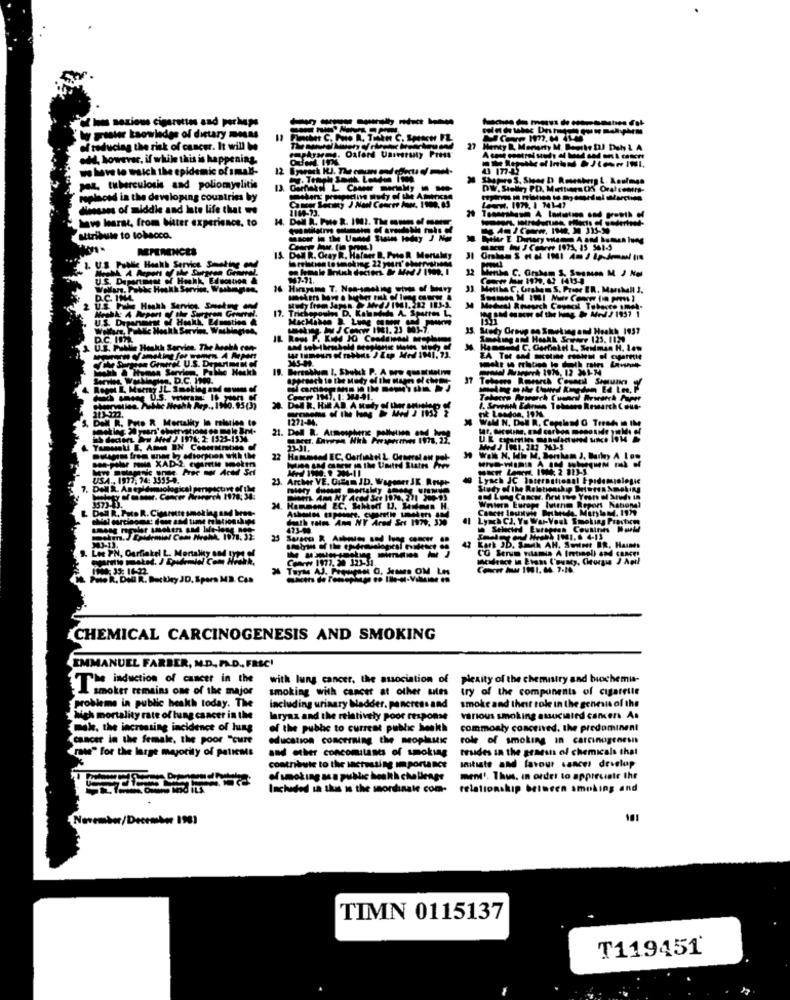
Iums noxious cigarettes and perhaps
-----
Wy poster ksowiedes of dietary moss
of reducing the risk of cancer. It will be
Menty R. Memory M. Bouche DJ Duh & A
odd, however, if while this is happening.
eastrares. Oxford Uarestuty PIent
we have to watch the epidemic of small-
paz tuberculosis and poliomyelitis
DW. Stelln PD. Mettiers DIS Oret costs-
--
replaced in the developing countries by
diesans of middle and Inte life that we
1008-73.
have learat, from bater experience, to
attribute to tobacco.
15. DANl R. Oray R. Halder B. Pro R. Mertaley
1. U.S Public Health Service Smoking and
file Surgeen Grenel.
₩7-91.
Wollars, Pobbc Health Service, Washeyn
Metthe C, Graham S. Proer ER. Marshall 3.
D.C. IN4.
17. Trichegoules D. Kahandels A. Sperres L,
PIAde Heakk Service
Mody Group on Smoking and Heakh 1937
1937
D.C. ImA.
Smoking and Hasak Seytre 123, 1129
U.S. Public Health Servien. T
3 HAM C. Garfield L, Seniman H. I.m
D.C.
20. DEN R. Hil AB. A Mody of ther soligt
it London, ION
Dall R. Foto R Mortality In relation to
1271-24.
Wall N. Doll R. Copeland O Tresde 10 IM
21. Dell R. Atmospheric pollution and hope
36am Hed) 1974; 2 1323-1534
23-31.
22
Hammond EC, Garfinkel L. Orgerst an pol
USA .. 1977. 74: 3535
23. Archer VE. Gulam ID, Wapsorr JK. R.nope
Lysch JC International Epidemiologie
Western Europe Interim Report National
DEN R. PHOR. COM
deth roto Ann NY Ared Set IN79, 320
Il Lynch CJ. Yo War-Vouk Smoking Prasten
473-00
Los PN, Garfinkel L
42 Kark JD. Smak AH, Soitmet ER, Haines
Les PN, Garfinkel L. Mortality 004
Concre 1972. 20 123-31.
IN: 35: 16-22
Tuyas AJ. Proupset O, Jeams OM Les
Pute R. Doll R. Buckley JD. Sporn MB. Con
PHto R. Dod R. Backie
CHEMICAL CARCINOGENESIS AND SMOKING
EMMANUEL FARBER, M.D. PAD ., FRIC'
induction of cancer in the
with lung cancer, the association of
plexity of the chemistry and biochemia-
A smoker remains one of the major
smoking with cancer at other ules
try of the components of cigarette
probleme in public health today. The
Including urinary Madder. pancreas and
smoke and their role in the genesis of the
Sich mortality rate of lung cancer in the
larynx and the relatively poor response
various smoking associated cancers As
mak, the increasing incidence of lung
of the pubhe to current public health
commonly conceived. the predominant
cancer in the female, the poor "cure
education concerning the meophunc
role of smoking in carcinogenesis
mais" for the large mayority of paticms
and other concomitanes of smoking
resides in the genesis of chemicals that
Initiate and favour sances develop
contribute to the Mactossing Importance
ofsmoking as a public health challenge
ment'. Thus, in order to appreciate the
Included in this is the sordinate com-
relationship between smoking and
November/December 1901
TIMN 0115137
T119451